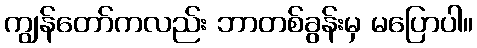
ကျွန်တော်ကလည်း ဘာတစ်ခွန်းမှ မပြောပါ။